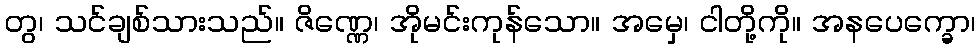
တွ၊ သင်ချစ်သားသည်။ ဇိဏ္ဏေ၊ အိုမင်းကုန်သော။ အမှေ၊ ငါတို့ကို။ အနပေက္ခော၊